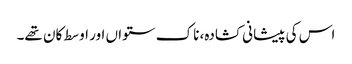
اس کی پیشانی کشادہ، ناک ستواں اور اوسط کان تھے۔